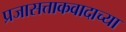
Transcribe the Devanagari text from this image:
प्रजासत्ताकवादाच्या